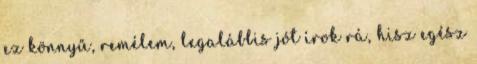
ez könnyű, remélem, legalábbis jót írok rá, hisz egész